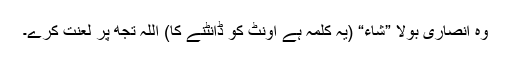
وہ انصاری بولا ”شاء“ (یہ کلمہ ہے اونٹ کو ڈانٹنے کا) اللہ تجھ پر لعنت کرے۔